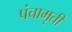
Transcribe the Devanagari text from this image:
पंचामृती